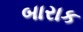
બારાક